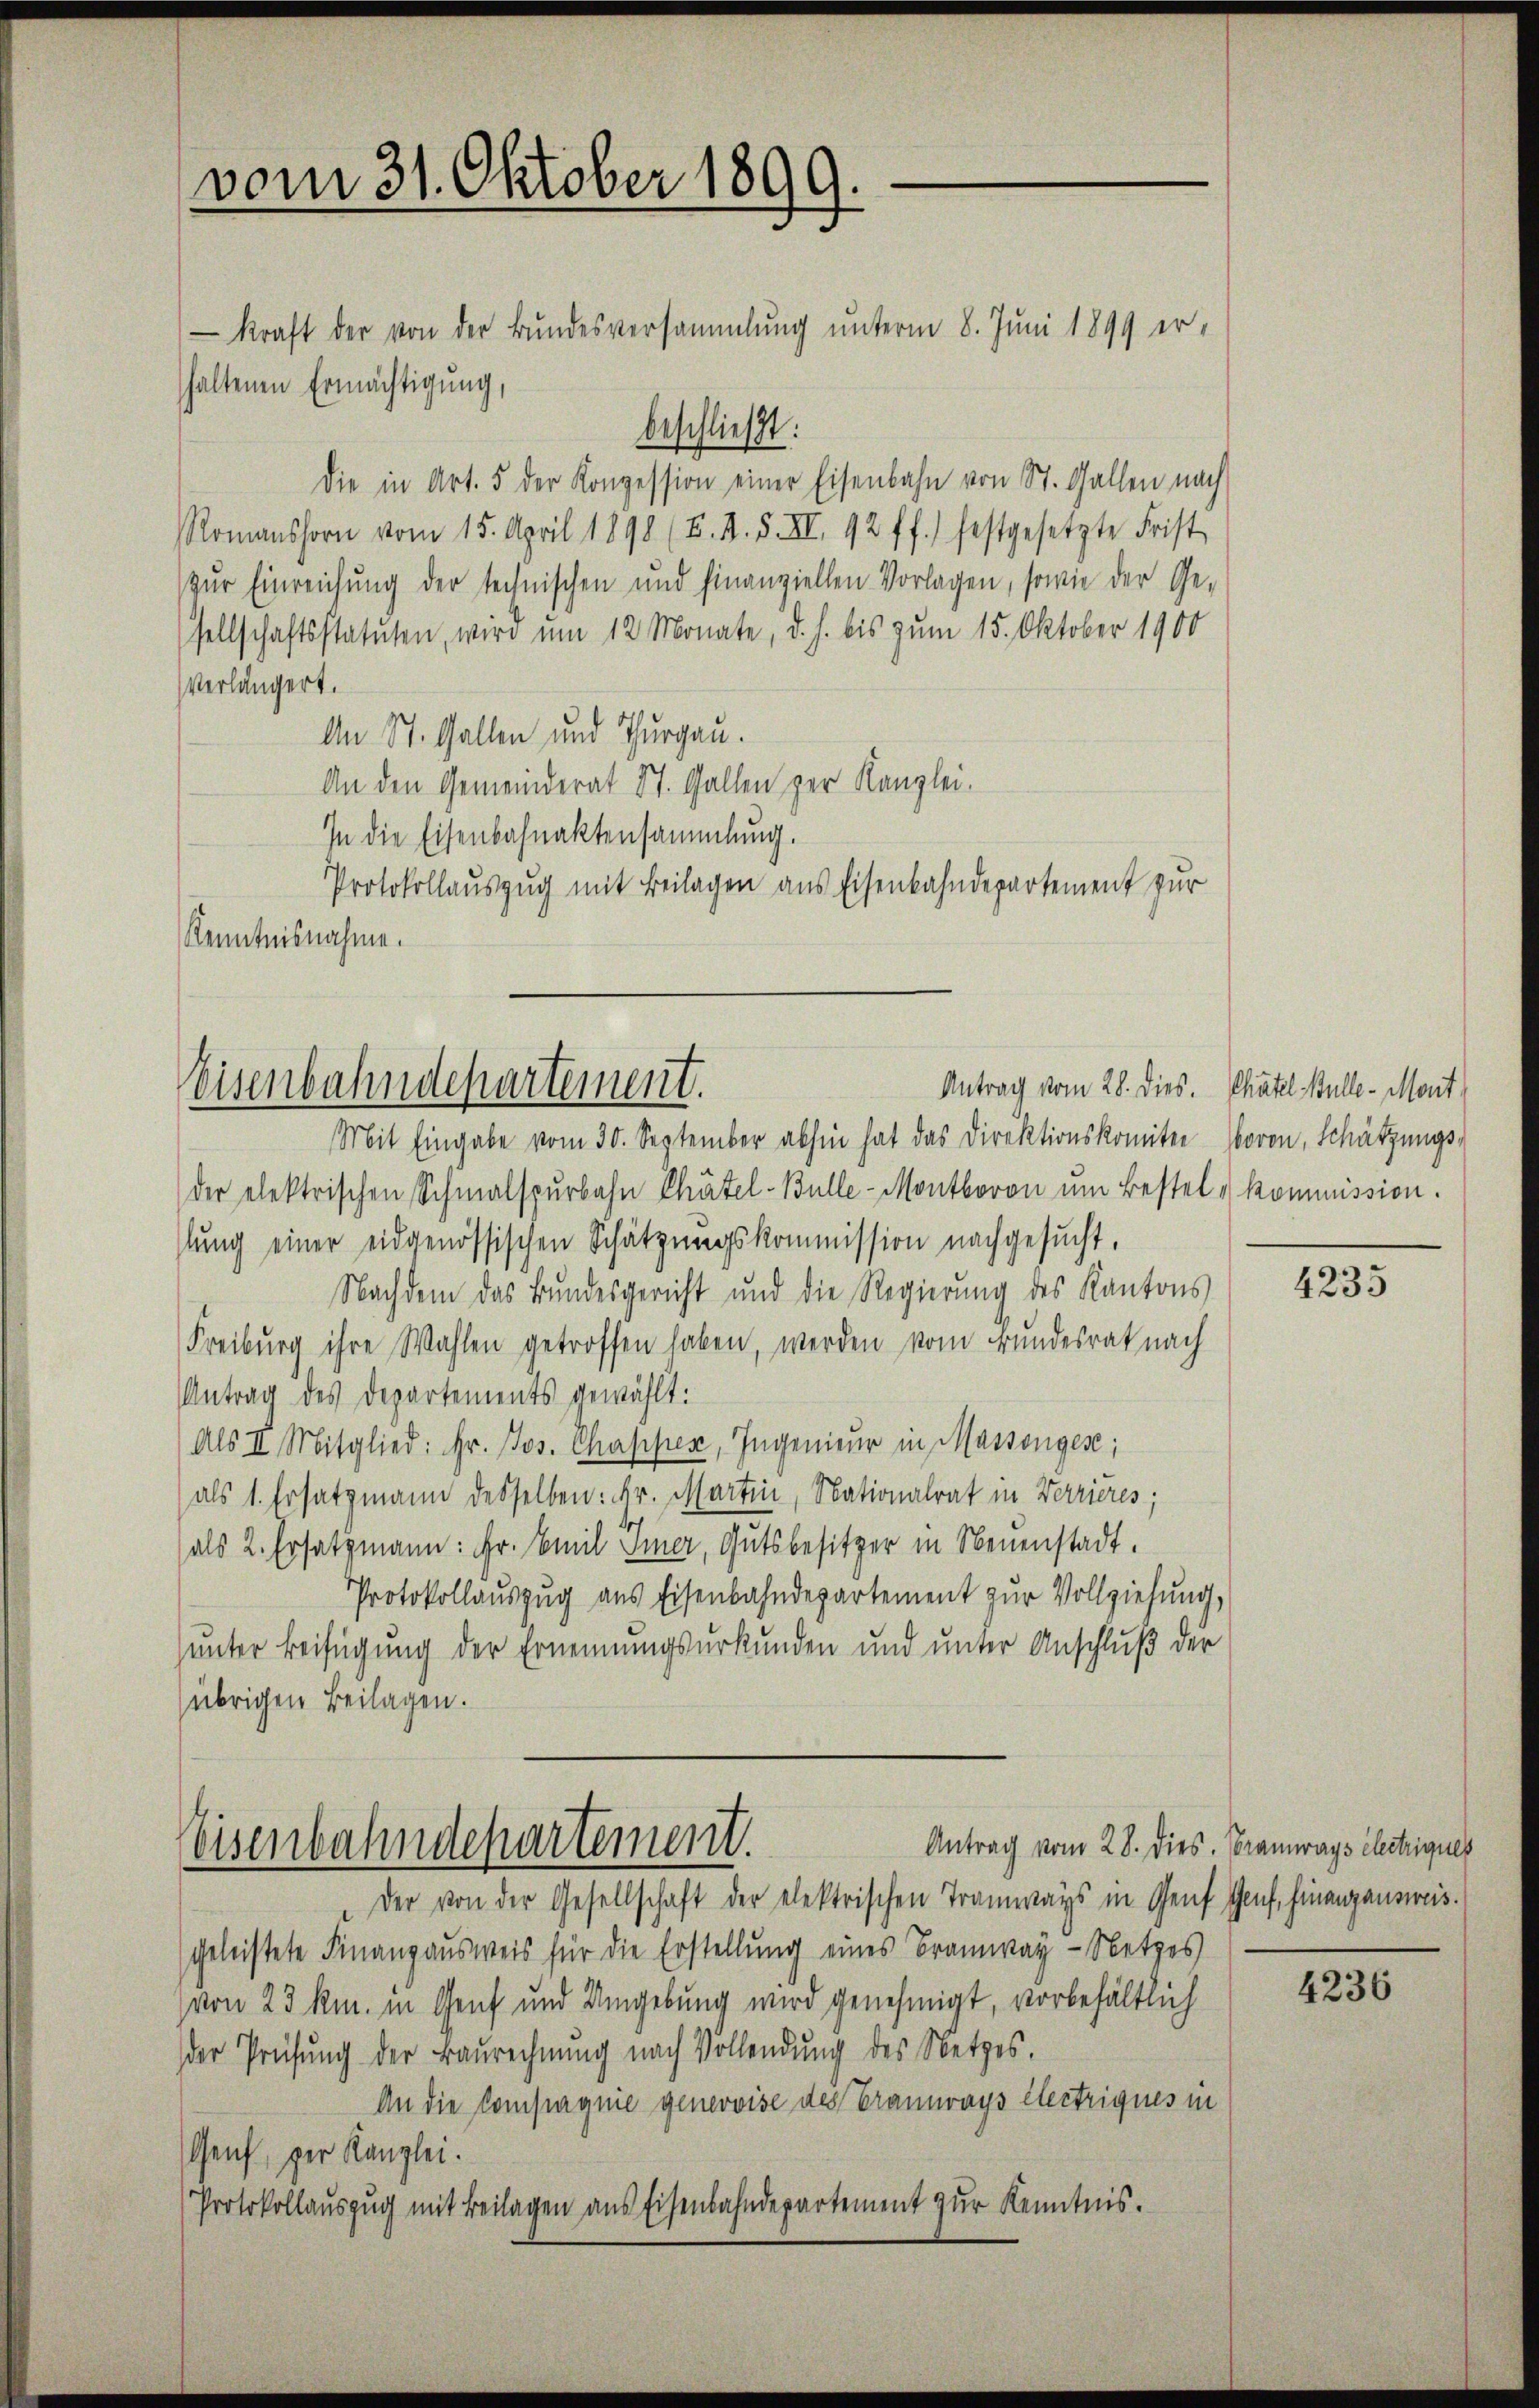
vom 31. Oktober 1899.

- Kraft der von der Bundesversammlung unterm 8. Juni 1899 erhaltenen Ermächtigung,
beschließt:
die in Art. 5 der Konzession einer Eisenbahn von St. Gallen nach
Romanshorn vom 15. April 1898 (F. A. S. III. 92 ff.) festgesetzte Frist-
zŭr Einreichŭng der technischen und finanziellen Vorlagen, sowie der Ge-
sellschaftsstatuten, wird um 12 Monate, d. h. bis zum 15. Oktober 1900
verlängert.
An St. Gallen und Thurgau.
An den Gemeinderat St. Gallen zur Kanzlei.
In die Eisenbahnaktensammlung.
Protokollauszug mit Beilagen aus Eisenbahndepartement zur
Kenntnisnahme.

Weisenbahndepartement.
Mit Eingabe vom 30. September abhin hat das Direktionskomiter Wovon, Schätzungs-

der elektrischen Schmalspurbahn Chätel-Bulle-Montboron um Bestel kommission.
lung einer eidgenössischen Schätzungskommission nachgesucht,
Nachdem das Bundesgericht und die Regierŭng des Kantons
Freiburg ihre Wahlen getroffen haben, werden vom Bundesrat nach
Antrag des Departements gewählt:
(Als II. Mitglied: Hr. Jos. Chapper, Ingenieur in Massenges;
als 1. Ersatzmann desselben: Fr. Martin, Nationalrat in Verrieres;
als 2. Ersatzmann: Hr. Emil Tier, Gutsbesitzer in Neuenstadt.
Protokollauszug aus Eisenbahndepartement zur Vollziehung,
unter Beifügung der Ernennungsurkunden und unter Anschluß der
(übrigen Beilagen.

Eisenbahndepartement.

Antrag vom 28. dies. Chätel Belle - Mont

Der von der Gesellschaft der elektrischen Tramways in Genf Genf, Finanzausweis.
geleistete Finanzausweis für die Erstellung eines Tramway-Netzes
von 23 km. in Genf und Umgebung wird genehmigt, vorbehältlich
der Prüfung der Baurechnŭng nach Vollendung des Netzes.
An die Compagnie genevoise des Braunrays électriques in
Genf, per Kanzlei.
Protokollauszug mit Beilagen aus Eisenbahndepartement zur Kenntnis.

4235

Antrag vom 28. Dies. Bramways électrigues

4236